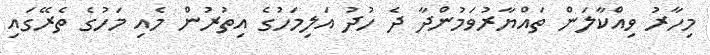
މިހާރު ވިއްކާލަން ތައްޔާރުވަމުންދާ ދެ ހުދު އަލިމަހުގެ އިތުރުން މެއި މަހުގެ ތެރޭގައި